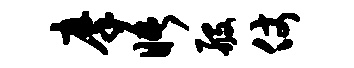
摩晤般仗